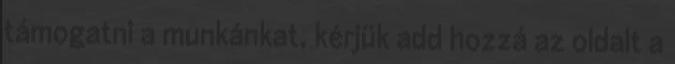
támogatni a munkánkat, kérjük add hozzá az oldalt a